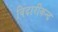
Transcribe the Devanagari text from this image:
विदारीकन्द